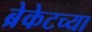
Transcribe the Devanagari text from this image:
ब्रेकेटच्या